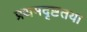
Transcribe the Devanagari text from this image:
प्रथमदृष्टतया